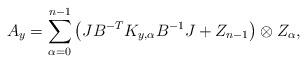
LaTeX: \begin{align*}A_y = \sum_{\alpha=0}^{n-1} \left( J B^{-T} K_{y,\alpha} B^{-1} J + Z_{n-1} \right) \otimes Z_{\alpha},\end{align*}